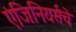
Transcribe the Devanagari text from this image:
एंजिनियर्सचे